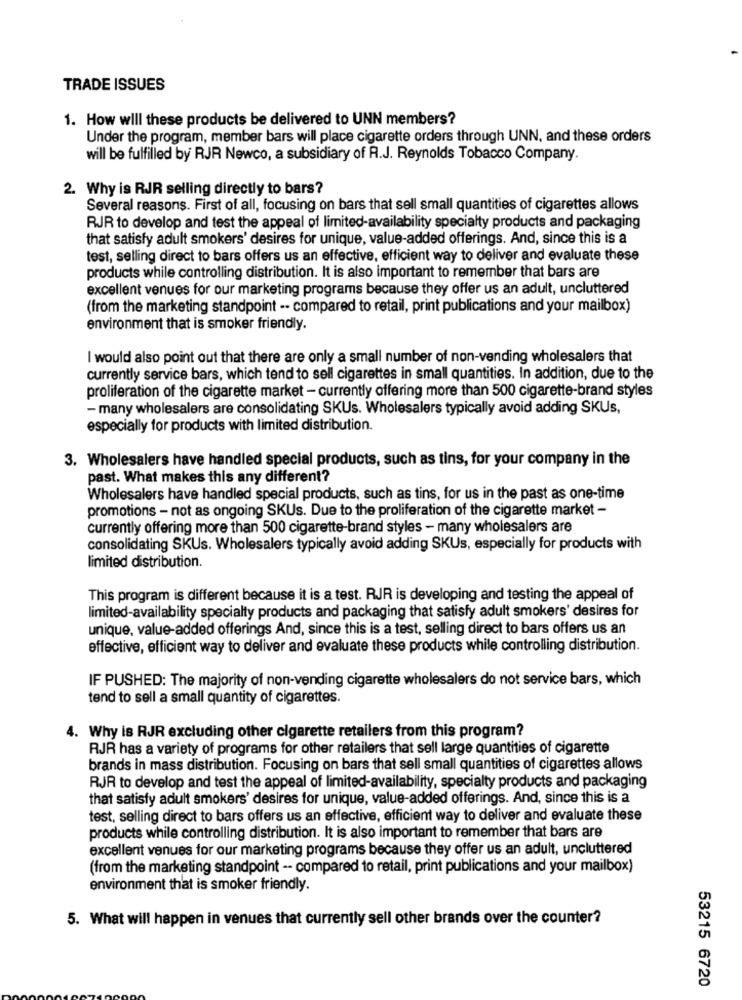
TRADE ISSUES
1. How will these products be delivered to UNN members?
Under the program, member bars will place cigarette orders through UNN, and these orders
will be fulfilled by RJR Newco, a subsidiary of A.J. Reynolds Tobacco Company.
2. Why is RJR selling directly to bars?
Several reasons. First of all, focusing on bars that sell small quantities of cigarettes allows
RJR to develop and test the appeal of limited-availability specialty products and packaging
that satisfy adult smokers' desires for unique, value-added offerings. And, since this is a
test, selling direct to bars offers us an effective, efficient way to deliver and evaluate these
products while controlling distribution. It is also important to remember that bars are
excellent venues for our marketing programs because they offer us an adult, uncluttered
(from the marketing standpoint -· compared to retail, print publications and your mailbox)
environment that is smoker friendly.
I would also point out that there are only a small number of non-vending wholesalers that
currently service bars, which tend to sell cigarettes in small quantities. In addition, due to the
proliferation of the cigarette market - currently offering more than 500 cigarette-brand styles
- many wholesalers are consolidating SKUs. Wholesalers typically avoid adding SKUs,
especially for products with limited distribution.
3. Wholesalers have handled special products, such as tins, for your company in the
past. What makes this any different?
Wholesalers have handled special products, such as tins, for us in the past as one-time
promotions - not as ongoing SKUs. Due to the proliferation of the cigarette market -
currently offering more than 500 cigarette-brand styles - many wholesalers are
consolidating SKUs. Wholesalers typically avoid adding SKUs, especially for products with
limited distribution.
This program is different because it is a test. RJR is developing and testing the appeal of
limited-availability specialty products and packaging that satisfy adult smokers' desires for
unique, value-added offerings And, since this is a test, selling direct to bars offers us an
effective, efficient way to deliver and evaluate these products while controlling distribution.
IF PUSHED: The majority of non-vending cigarette wholesalers do not service bars, which
tend to sell a small quantity of cigarettes.
4. Why is RJR excluding other cigarette retailers from this program?
RJR has a variety of programs for other retailers that sell large quantities of cigarette
brands in mass distribution. Focusing on bars that sell small quantities of cigarettes allows
RJR to develop and test the appeal of limited-availability, specialty products and packaging
that satisfy adult smokers' desires for unique, value-added offerings. And, since this is a
test, selling direct to bars offers us an effective, efficient way to deliver and evaluate these
products while controlling distribution. It is also important to remember that bars are
excellent venues for our marketing programs because they offer us an adult, uncluttered
(from the marketing standpoint -- compared to retail, print publications and your mailbox)
environment that is smoker friendly.
5. What will happen in venues that currently sell other brands over the counter?
53215 6720